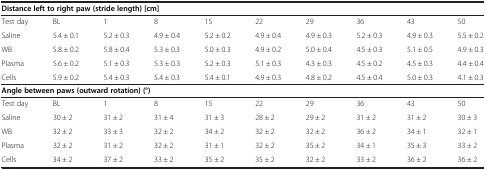
<table><thead><tr><td colspan="10"><b>Distance left to right paw (stride length) [cm]</b></td></tr></thead><tbody><tr><td>Test day</td><td>BL</td><td>1</td><td>8</td><td>15</td><td>22</td><td>29</td><td>36</td><td>43</td><td>50</td></tr><tr><td>Saline</td><td>5.4 ± 0.1</td><td>5.2 ± 0.3</td><td>4.9 ± 0.4</td><td>5.2 ± 0.2</td><td>4.9 ± 0.4</td><td>4.9 ± 0.3</td><td>5.2 ± 0.3</td><td>4.9 ± 0.3</td><td>5.5 ± 0.2</td></tr><tr><td>WB</td><td>5.8 ± 0.2</td><td>5.8 ± 0.4</td><td>5.3 ± 0.3</td><td>5.0 ± 0.3</td><td>4.9 ± 0.2</td><td>5.0 ± 0.4</td><td>4.5 ± 0.3</td><td>5.1 ± 0.5</td><td>4.9 ± 0.3</td></tr><tr><td>Plasma</td><td>5.6 ± 0.2</td><td>5.1 ± 0.3</td><td>5.3 ± 0.3</td><td>5.2 ± 0.3</td><td>5.1 ± 0.3</td><td>4.3 ± 0.3</td><td>4.5 ± 0.2</td><td>4.5 ± 0.3</td><td>4.4 ± 0.4</td></tr><tr><td>Cells</td><td>5.9 ± 0.2</td><td>5.4 ± 0.3</td><td>5.4 ± 0.3</td><td>5.4 ± 0.1</td><td>4.9 ± 0.3</td><td>4.8 ± 0.2</td><td>4.5 ± 0.4</td><td>5.0 ± 0.3</td><td>4.1 ± 0.3</td></tr><tr><td colspan="10"><b>Angle between paws (outward rotation) (°)</b></td></tr><tr><td>Test day</td><td>BL</td><td>1</td><td>8</td><td>15</td><td>22</td><td>29</td><td>36</td><td>43</td><td>50</td></tr><tr><td>Saline</td><td>30 ± 2</td><td>31 ± 2</td><td>31 ± 4</td><td>31 ± 3</td><td>28 ± 2</td><td>29 ± 2</td><td>31 ± 2</td><td>31 ± 2</td><td>30 ± 3</td></tr><tr><td>WB</td><td>32 ± 2</td><td>33 ± 3</td><td>32 ± 2</td><td>34 ± 2</td><td>32 ± 2</td><td>32 ± 2</td><td>36 ± 2</td><td>34 ± 1</td><td>32 ± 1</td></tr><tr><td>Plasma</td><td>32 ± 2</td><td>31 ± 2</td><td>32 ± 2</td><td>31 ± 1</td><td>32 ± 2</td><td>35 ± 2</td><td>34 ± 1</td><td>35 ± 3</td><td>33 ± 2</td></tr><tr><td>Cells</td><td>34 ± 2</td><td>37 ± 2</td><td>33 ± 2</td><td>35 ± 2</td><td>35 ± 2</td><td>32 ± 2</td><td>33 ± 2</td><td>36 ± 2</td><td>36 ± 2</td></tr></tbody></table>